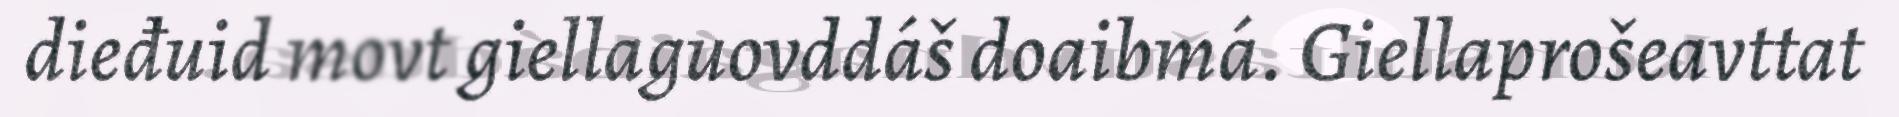
dieđuid movt giellaguovddáš doaibmá. Giellaprošeavttat